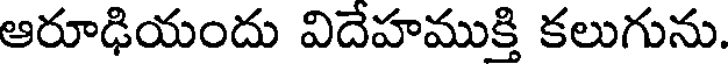
ఆరూఢియందు విదేహముక్తి కలుగును